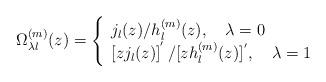
LaTeX: \begin{align*}\Omega _{\lambda l}^{(m)}(z)=\left\{ \begin{array}{l}j_l(z)/h_l^{(m)}(z),\quad \lambda =0 \\\left[ zj_l(z)\right] ^{'}/[zh^{(m)}_l(z)]^{'},\quad \lambda =1\end{array} \right.\end{align*}